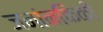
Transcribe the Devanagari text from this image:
जनांनकिकी